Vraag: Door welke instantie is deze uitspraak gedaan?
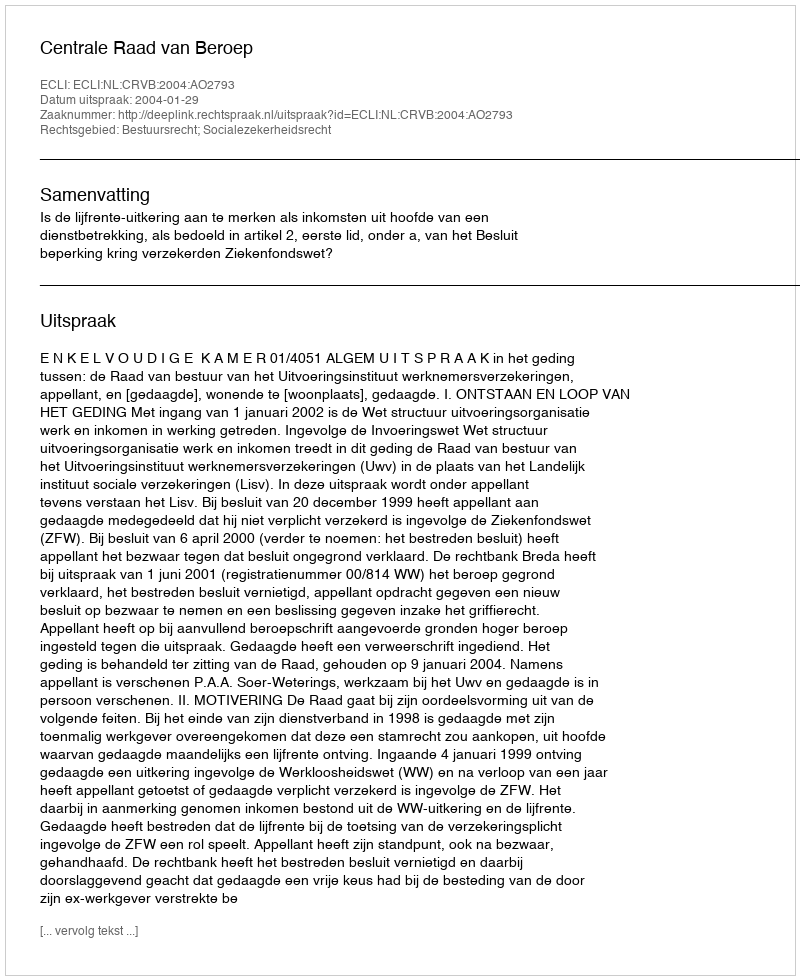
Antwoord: Centrale Raad van Beroep